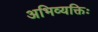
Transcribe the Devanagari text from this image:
अभिव्यक्तिः